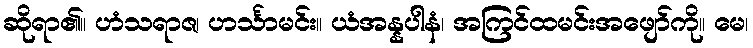
ဆိုရာ၏။ ဟံသရာဇ၊ ဟင်္သာမင်း။ ယံအန္နပါနံ၊ အကြင်ထမင်းအဖျော်ကို။ မေ၊